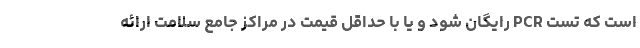
است که تست PCR رایگان شود و یا با حداقل قیمت در مراکز جامع سلامت ارائه